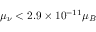
\mu _ { \nu } < 2 . 9 \times 1 0 ^ { - 1 1 } \mu _ { B }